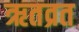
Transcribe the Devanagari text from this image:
ऋतव्रत